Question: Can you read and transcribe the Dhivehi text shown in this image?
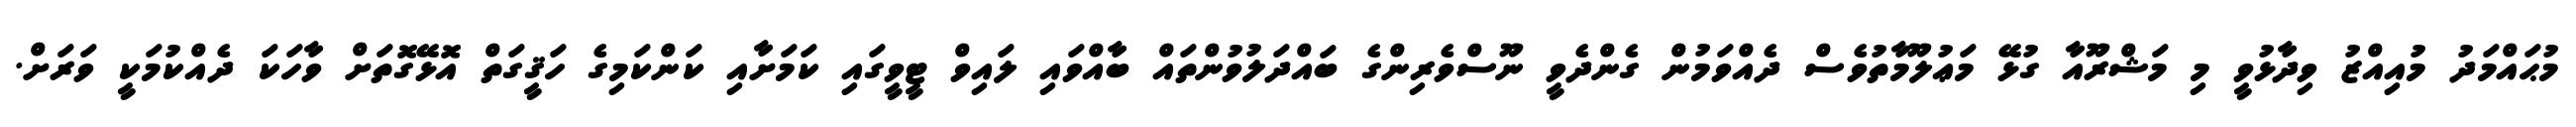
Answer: މުޙައްމަދު މުއިއްޒު ވިދާޅުވީ މި މަޝްރޫއާ ގުޅޭ މަޢުލޫމާތުވެސް ދެއްވަމުން ގެންދެވީ ނޫސްވެރިންގެ ބައްދަލުވުންތައް ބާއްވައި ލައިވް ޓީވީގައި ކަމަށާއި ކަންކަމިގެ ހަޤީގަތް އޮޅޭގޮތަށް ވާހަކަ ދެއްކުމަކީ ވަރަށް.